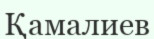
Қамалиев